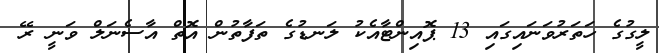
ލީގުގެ ހަތަރުވަނައިގައި 13 ޕޮއިންޓާއެކު ލަނޑުގެ ތަފާތުން އޮތް އާސެނަލް ވަނީ ރޭ